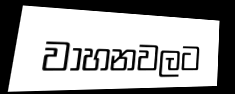
වාහනවලට